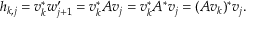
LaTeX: h _ { k , j } = v _ { k } ^ { * } w _ { j + 1 } ^ { \prime } = v _ { k } ^ { * } A v _ { j } = v _ { k } ^ { * } A ^ { * } v _ { j } = ( A v _ { k } ) ^ { * } v _ { j } .